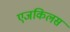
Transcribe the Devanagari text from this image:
एजकिलस